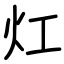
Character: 灴